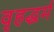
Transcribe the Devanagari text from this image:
वृहद्धर्म